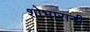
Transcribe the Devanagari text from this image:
शोभारानी